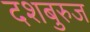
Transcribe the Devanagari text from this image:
दशबुरुज